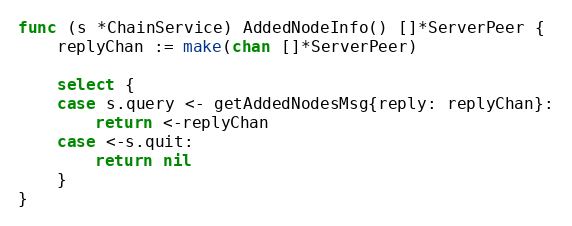
Language: Go
func (s *ChainService) AddedNodeInfo() []*ServerPeer {
	replyChan := make(chan []*ServerPeer)

	select {
	case s.query <- getAddedNodesMsg{reply: replyChan}:
		return <-replyChan
	case <-s.quit:
		return nil
	}
}